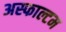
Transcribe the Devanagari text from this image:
अस्फाल्टम